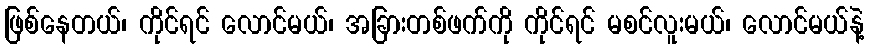
ဖြစ်နေတယ်၊ ကိုင်ရင် လောင်မယ်၊ အခြားတစ်ဖက်ကို ကိုင်ရင် မစင်လူးမယ်၊ လောင်မယ်နဲ့